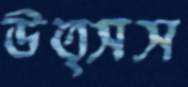
উত্সস